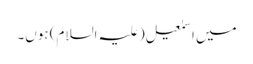
میں اسمٰعیل(علیہ السلام) ہوں۔